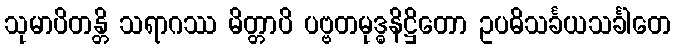
သုမာပိတန္တိ သရာဂဿ မိတ္တာပိ ပဗ္ဗတမုဒ္ဓနိဋ္ဌိတော ဥပဓိသင်္ခယသင်္ခါတေ